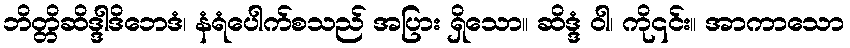
ဘိတ္တိဆိဒ္ဒါဒိဘေဒံ၊ နံရံပေါက်စသည် အပြား ရှိသော။ ဆိဒ္ဒံ ဝါ၊ ကို၎င်း။ အာကာသော